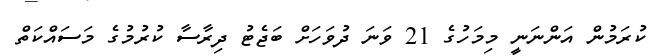
ކުރަމުން އަންނަނީ މިމަހުގެ 21 ވަނަ ދުވަހަށް ބަޖެޓު ދިރާސާ ކުރުމުގެ މަސައްކަތް